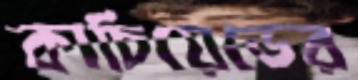
কাচিয়েভের